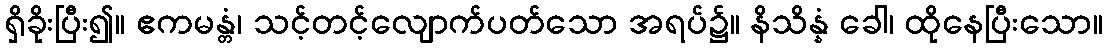
ရှိခိုးပြီး၍။ ဧကမန္တံ၊ သင့်တင့်လျောက်ပတ်သော အရပ်၌။ နိသိန္နံ ခေါ၊ ထိုနေပြီးသော။